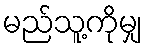
မည်သူ့ကိုမျှ